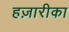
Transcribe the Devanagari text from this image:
हज़ारीका